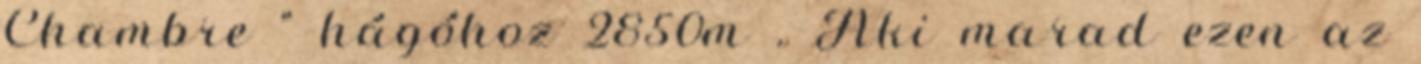
Chambre " hágóhoz 2850m . Aki marad ezen az